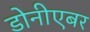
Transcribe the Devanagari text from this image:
डोनीएबर